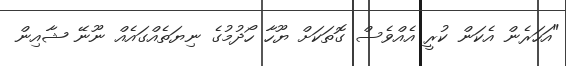
"އަހަރެން އެކަން ކުރީ އެއްވެސް ގޮތަކަށް ޔޫހާ ހޯދުމުގެ ނިޔަތެއްގައެއް ނޫނޭ ޝާއިން